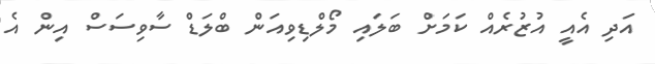
އަދި އެއީ އުޒުރެއް ކަމަށް ބަލައި މޯލްޑިވިއަން ބްލަޑް ސާވިސަސް އިން އެ